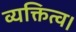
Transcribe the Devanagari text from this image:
व्यक्तित्व।